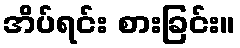
အိပ်ရင်း စားခြင်း။